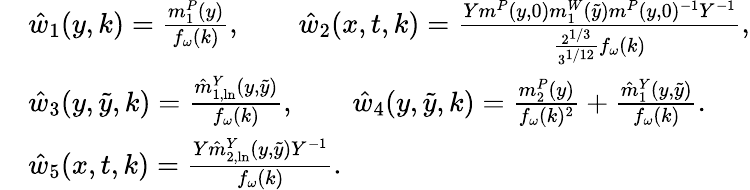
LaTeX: \begin{array}{rl}&{\hat{w}_{1}(y,k)=\frac{m_{1}^{P}(y)}{f_{\omega}(k)},\qquad\hat{w}_{2}(x,t,k)=\frac{Ym^{P}(y,0)m_{1}^{W}(\tilde{y})m^{P}(y,0)^{-1}Y^{-1}}{\frac{2^{1/3}}{3^{1/12}}f_{\omega}(k)},}\\ &{\hat{w}_{3}(y,\tilde{y},k)=\frac{\hat{m}_{1,\ln}^{Y}(y,\tilde{y})}{f_{\omega}(k)},\qquad\hat{w}_{4}(y,\tilde{y},k)=\frac{m_{2}^{P}(y)}{f_{\omega}(k)^{2}}+\frac{\hat{m}_{1}^{Y}(y,\tilde{y})}{f_{\omega}(k)}.}\\ &{\hat{w}_{5}(x,t,k)=\frac{Y\hat{m}_{2,\ln}^{Y}(y,\tilde{y})Y^{-1}}{f_{\omega}(k)}.}\end{array}